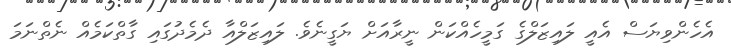
އެހެންވިޔަސް އެއީ ލައިޒަލްގެ ގަމީހެއްކަން ނީރާއަށް ޔަގީނެވެ. ލައިޒަލްއާ ދެމެދުގައި ގާތްކަމެއް ނެތްނަމަ